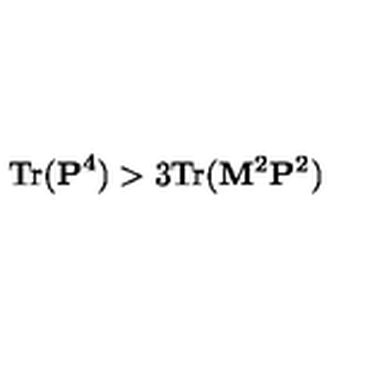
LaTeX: \mathrm { T r } ( { \bf P } ^ { 4 } ) > 3 \mathrm { T r } ( { \bf M } ^ { 2 } { \bf P } ^ { 2 } )